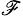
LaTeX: _{\mathscr{F}}